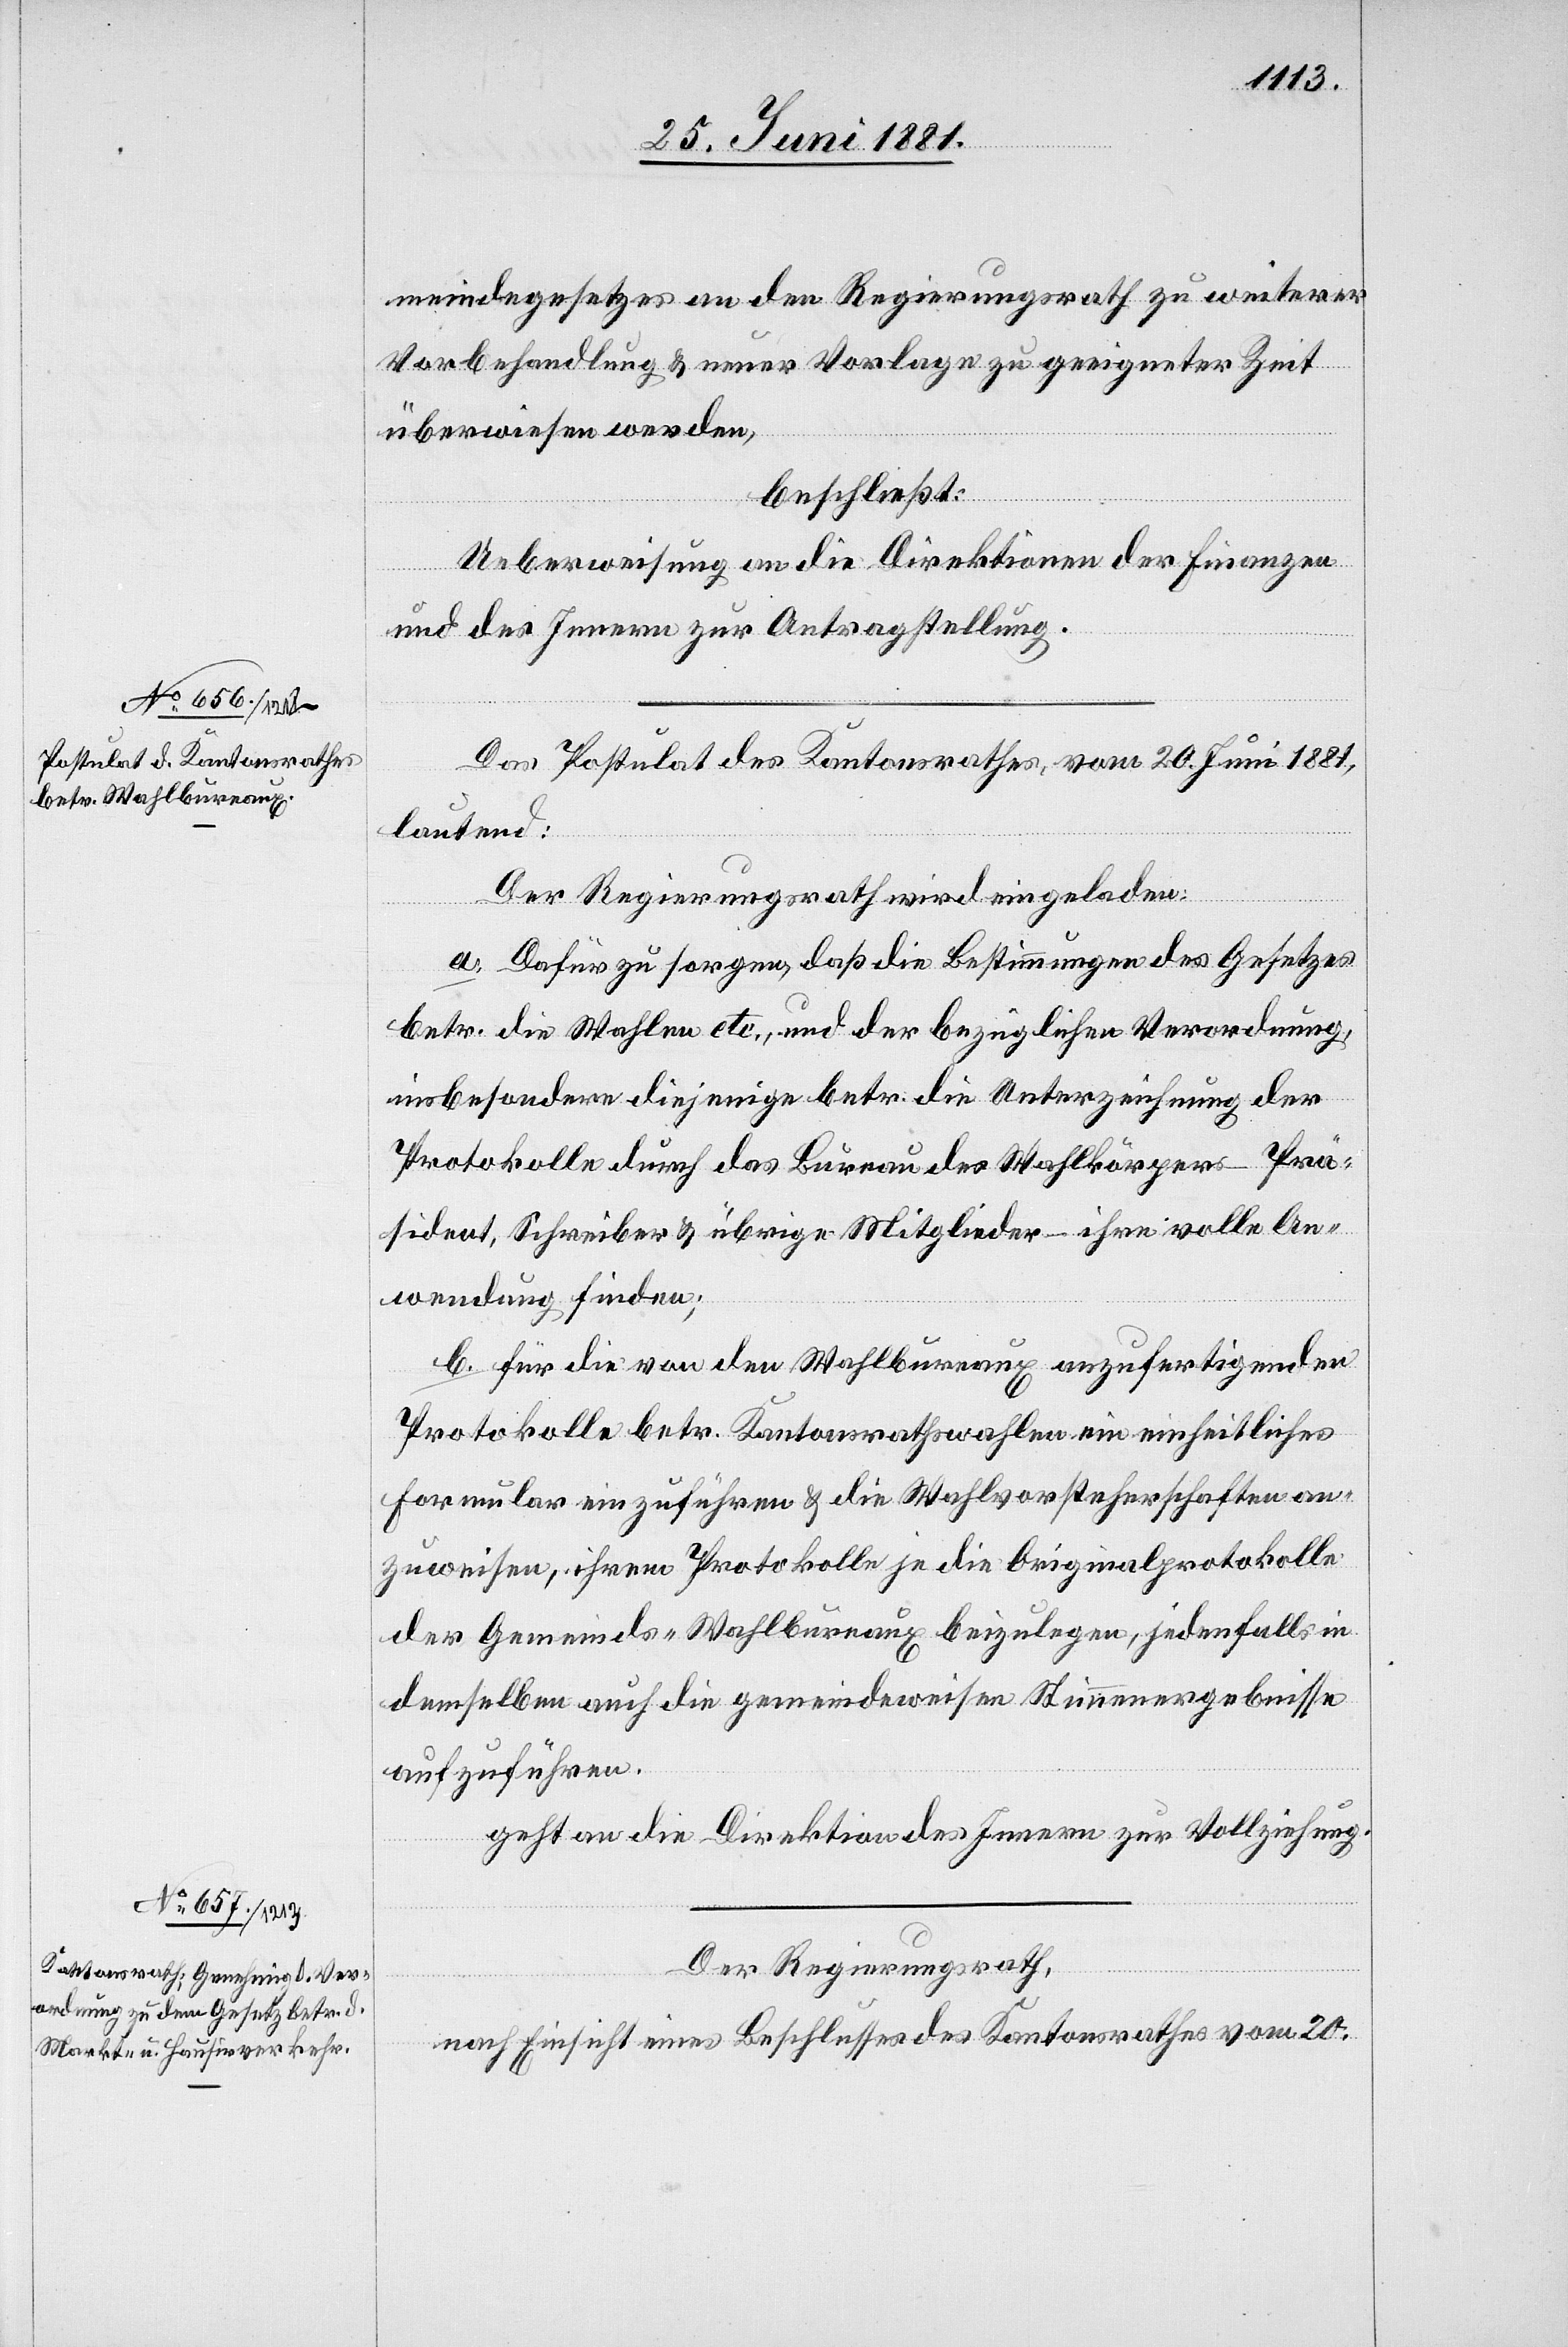
meindegesetzes an den Regierungsrath zu weiterer
Vorbehandlung & neuer Vorlage zu geeigneter Zeit
überwiesen werden,
beschließt:
Ueberweisung an die Direktion der Finanzen
und des Innern zur Antragstellung.
Das Postulat des Kantonsrathes, vom 20. Juni 1881,
lautend:
Der Regierungsrath wird eingeladen:
a. Dafür zu sorgen, daß die Bestimmungen des Gesetzes
betr. die Wahlen etc., und der bezüglichen Verordnung,
insbesondere diejenige betr. die Unterziehung der
Protokolle durch das Bureau des Wahlkörpers – Prä¬
sident, Schreiber & übrige Mitglieder – ihre volle An¬
wendung finden;
b. für die von den Wahlbureaux anzufertigenden
Protokolle betr. Kantonsrathswahlen ein einheitliches
Formular einzuführen & die Wahlvorsteherschaften an¬
zuweisen, ihrem Protokolle je die Originalprotokolle
der Gemeinds-Wahlbureaux beizulegen, jedenfalls in
demselben auch die gemeindeweisen Stimmergebnisse
auszuführen,
geht an die Direktion des Innern zur Vollziehung.
Der Regierungsrath,
nach Einsicht eines Beschlusses des Kantonsrathes vom 20.